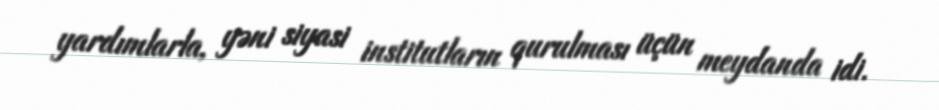
yardımlarla, yəni siyasi institutların qurulması üçün meydanda idi.